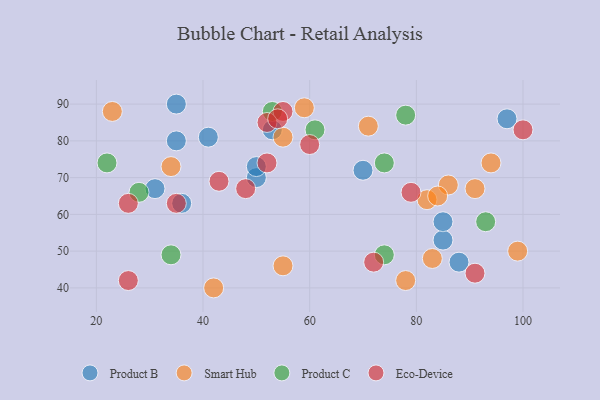
{"axis": {"x": "GDP", "y": "Life Expectancy"}, "legend": ["Eco-Device", "Product B", "Product C", "Smart Hub"], "data": [{"x": "53", "y": 83, "type": "Product B"}, {"x": "35", "y": 90, "type": "Product B"}, {"x": "36", "y": 63, "type": "Product B"}, {"x": "88", "y": 47, "type": "Product B"}, {"x": "85", "y": 53, "type": "Product B"}, {"x": "41", "y": 81, "type": "Product B"}, {"x": "50", "y": 70, "type": "Product B"}, {"x": "97", "y": 86, "type": "Product B"}, {"x": "31", "y": 67, "type": "Product B"}, {"x": "85", "y": 58, "type": "Product B"}, {"x": "70", "y": 72, "type": "Product B"}, {"x": "35", "y": 80, "type": "Product B"}, {"x": "50", "y": 73, "type": "Product B"}, {"x": "86", "y": 68, "type": "Smart Hub"}, {"x": "82", "y": 64, "type": "Smart Hub"}, {"x": "55", "y": 46, "type": "Smart Hub"}, {"x": "78", "y": 42, "type": "Smart Hub"}, {"x": "84", "y": 65, "type": "Smart Hub"}, {"x": "23", "y": 88, "type": "Smart Hub"}, {"x": "94", "y": 74, "type": "Smart Hub"}, {"x": "83", "y": 48, "type": "Smart Hub"}, {"x": "42", "y": 40, "type": "Smart Hub"}, {"x": "71", "y": 84, "type": "Smart Hub"}, {"x": "59", "y": 89, "type": "Smart Hub"}, {"x": "34", "y": 73, "type": "Smart Hub"}, {"x": "55", "y": 81, "type": "Smart Hub"}, {"x": "91", "y": 67, "type": "Smart Hub"}, {"x": "99", "y": 50, "type": "Smart Hub"}, {"x": "93", "y": 58, "type": "Product C"}, {"x": "53", "y": 88, "type": "Product C"}, {"x": "74", "y": 74, "type": "Product C"}, {"x": "22", "y": 74, "type": "Product C"}, {"x": "61", "y": 83, "type": "Product C"}, {"x": "28", "y": 66, "type": "Product C"}, {"x": "34", "y": 49, "type": "Product C"}, {"x": "78", "y": 87, "type": "Product C"}, {"x": "74", "y": 49, "type": "Product C"}, {"x": "100", "y": 83, "type": "Eco-Device"}, {"x": "55", "y": 88, "type": "Eco-Device"}, {"x": "91", "y": 44, "type": "Eco-Device"}, {"x": "35", "y": 63, "type": "Eco-Device"}, {"x": "52", "y": 85, "type": "Eco-Device"}, {"x": "26", "y": 42, "type": "Eco-Device"}, {"x": "26", "y": 63, "type": "Eco-Device"}, {"x": "54", "y": 86, "type": "Eco-Device"}, {"x": "60", "y": 79, "type": "Eco-Device"}, {"x": "79", "y": 66, "type": "Eco-Device"}, {"x": "52", "y": 74, "type": "Eco-Device"}, {"x": "72", "y": 47, "type": "Eco-Device"}, {"x": "48", "y": 67, "type": "Eco-Device"}, {"x": "43", "y": 69, "type": "Eco-Device"}]}